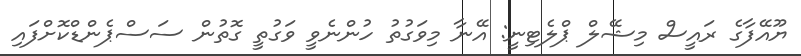
ޔޫއޭފާގެ ރައީސް މިޝޭލް ޕްލެޓިނީ: އޭނާ މިވަގުތު ހުންނެވީ ވަގުތީ ގޮތުން ސަސްޕެންޑްކޮށްފައި